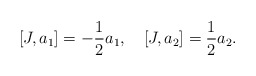
\begin{align*}[J, a_1]= - {1\over2} a_1, \quad [J, a_2]= {1\over2} a_2.\end{align*}